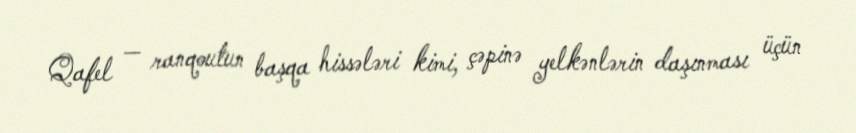
Qafel — ranqoutun başqa hissələri kimi, çəpinə yelkənlərin daşınması üçün